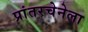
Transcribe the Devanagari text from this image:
प्रांतरचेनेला